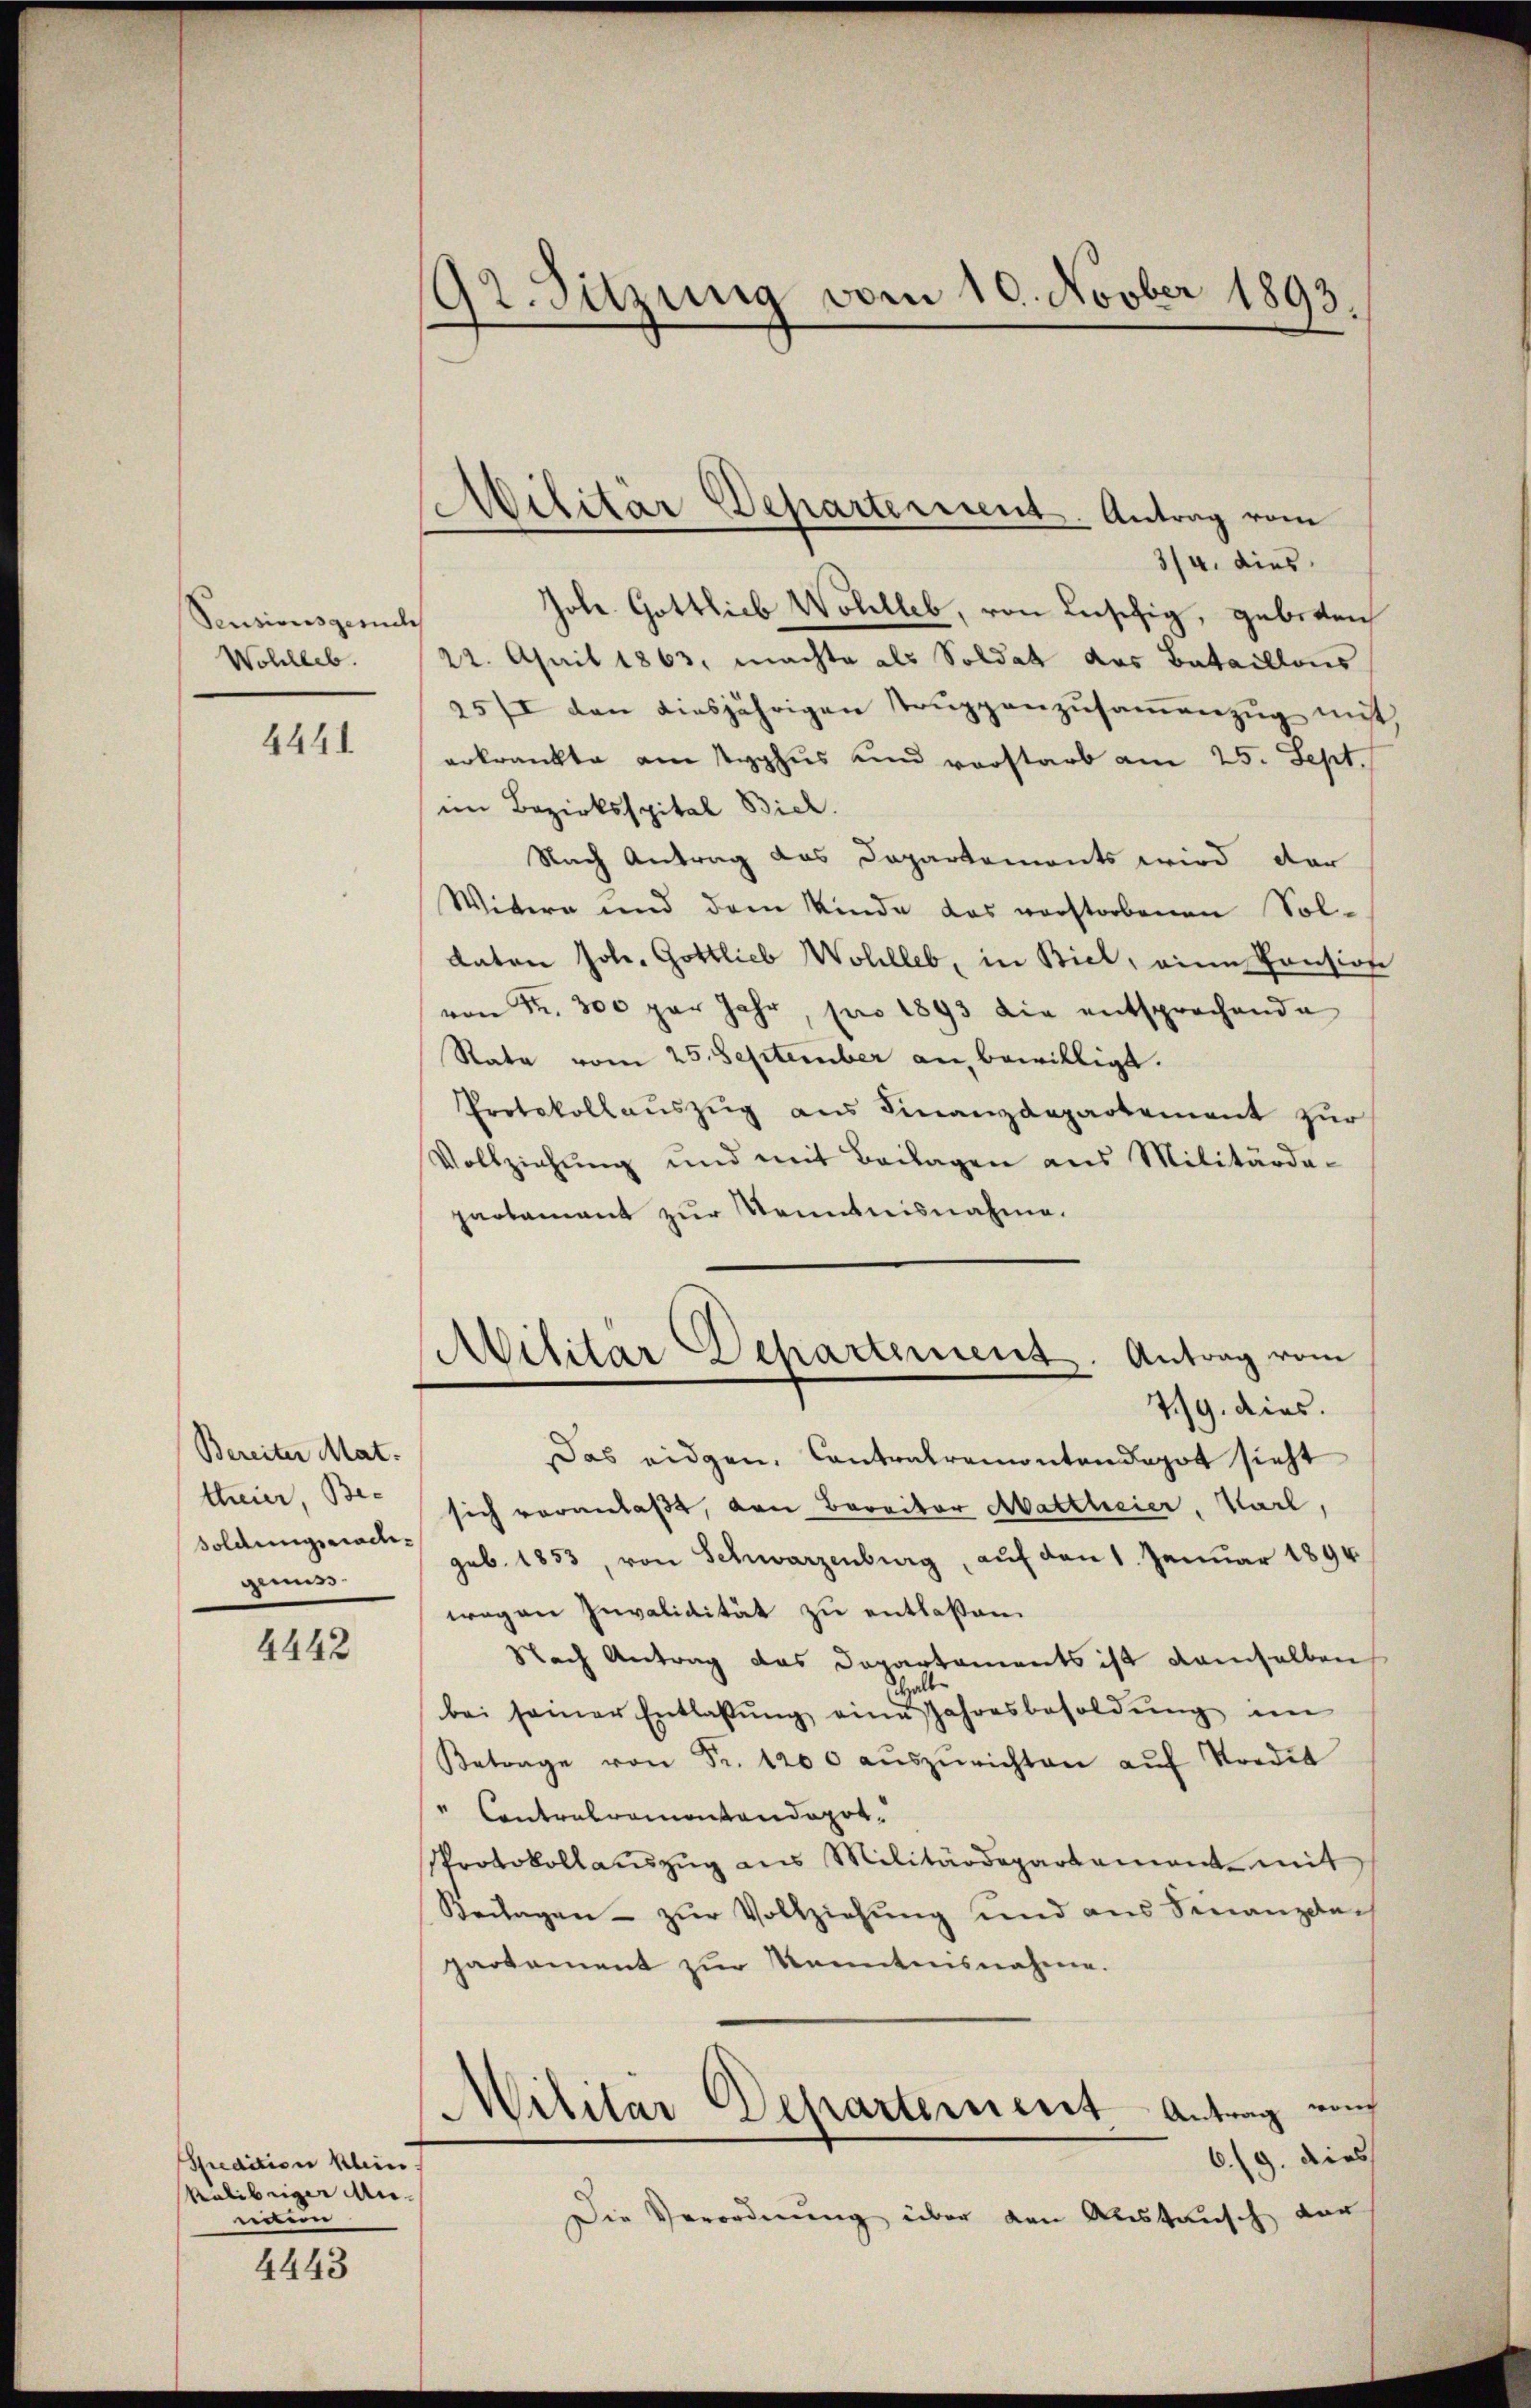
Pensionsgesuch
Wohlleb.

4441.

Bereiter Mat.
theier, Besoldungssachgenuss.

4442

Spedition klein.
Kalibriger Munden

4443

92. Sitzung vom 10. Novber 1893.

Militar Departernent. Antrag vom

3/4. dies
Jole. Gottlieb Wohlleb, von Beschig, geboten
22. April 1863, machte als Soldat das Bataillons
25/I den diesjährigen Truppenzusammenzug nit
erkrankte am Typhus und vorstarb am 25. Sept./
im Bezirksspital Biel.
Nach Antrag das Departements wird der
Wittern und dem Kinde das vorstorbenen Sol¬
Katon Joh. Gottlieb Wohlleb, in Biel, eine Consion
von Fr. 300 par Jahr, pro 1893 die entsprechende
Rata vom 25. September an bewilligt.
Protokollaŭszŭg aŭs Finanzdepartement zur
Vollziehŭng und mit Beilagen aus Militarde-
paobament zur Kenntnisnahme.
Militär Departement. Antrag vom
7./9. dies.
Das eidgen. Contralremontendepot sieht
sich veranlaßt, von Barritor Mattheier, Karl,
geb. 1853, von Schwarzenburg, auf den 1. Januar 1894
wegen Invalidität zu entlaßen.
Nach Antrag das Departaments ist demselben
shalb
bei seiner Entlassŭng eine Jahresbesoldŭng im
Betrage von Fr. 1200 aŭszŭrichten aŭf Vordit
 Contralamontendepot
Protokollauszug aus Militärdepartement mit
Beilagen zŭr Vollziehung und aus Finanzde-
partement zur Kenntnisnahme.
Militär Departement Antrag von
6./9. dies
Die Verordnung über den Austausch vor